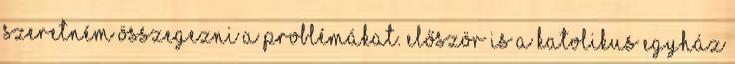
szeretném összegezni a problémákat. Először is a katolikus egyház